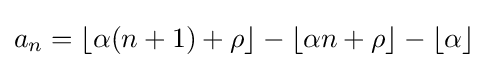
a_{n}=\lfloor \alpha (n+1)+\rho \rfloor -\lfloor \alpha n+\rho \rfloor -\lfloor \alpha \rfloor